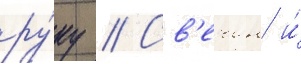
ру́ку // Св'ечин и́